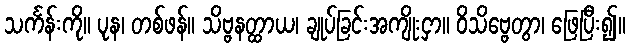
သင်္ကန်းကို။ ပုန၊ တစ်ဖန်။ သိဗ္ဗနတ္ထာယ၊ ချုပ်ခြင်းအကျိုးငှာ။ ဝိသိဗ္ဗေတွာ၊ ဖြေပြီး၍။